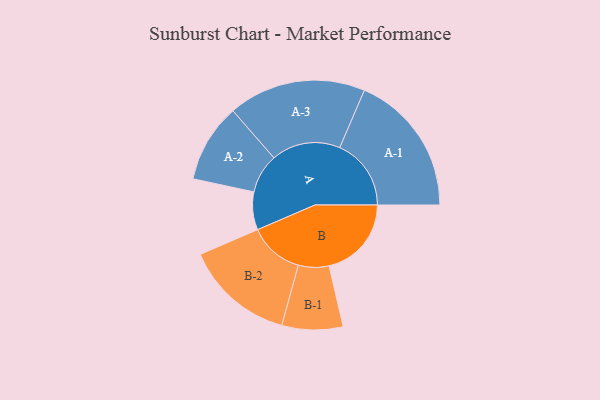
{"axis": {"x": "Segment", "y": "Value"}, "legend": ["", "A", "B"], "data": [{"x": "A", "y": 149, "type": ""}, {"x": "B", "y": 324, "type": ""}, {"x": "A-1", "y": 281, "type": "A"}, {"x": "A-2", "y": 155, "type": "A"}, {"x": "A-3", "y": 271, "type": "A"}, {"x": "B-1", "y": 120, "type": "B"}, {"x": "B-2", "y": 216, "type": "B"}]}